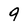
Character: 9